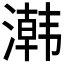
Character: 鿰